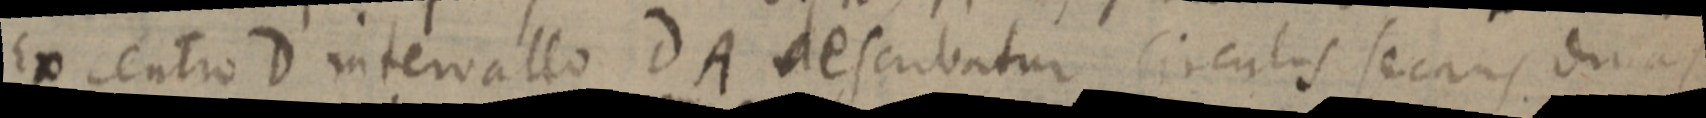
Ex centro D intervallo DA describatur circulis secans duas